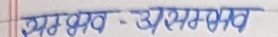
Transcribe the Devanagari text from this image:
संभव - असंभव